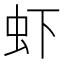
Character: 虾